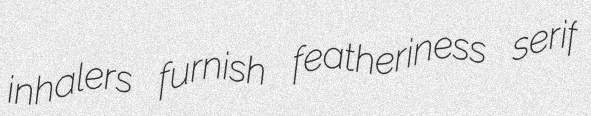
inhalers furnish featheriness serif